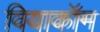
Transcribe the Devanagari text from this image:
वियाकॉम